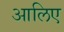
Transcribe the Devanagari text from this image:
आलिए